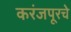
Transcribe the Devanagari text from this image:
करंजपूरचे